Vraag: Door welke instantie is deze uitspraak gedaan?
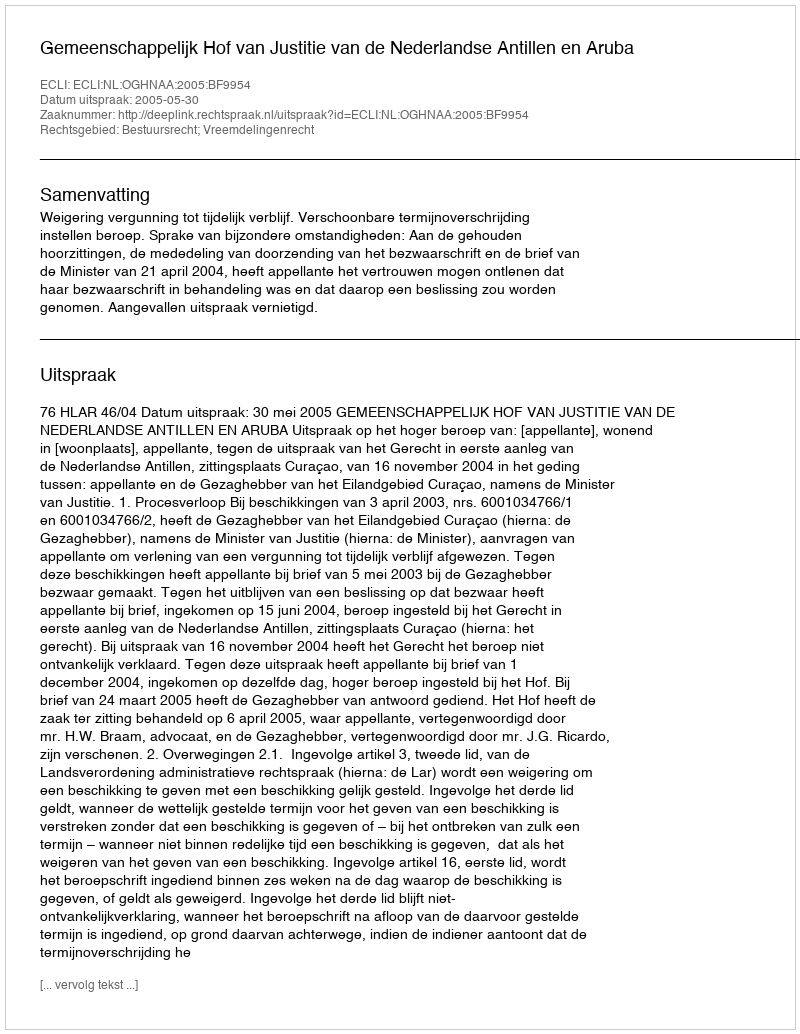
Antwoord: Gemeenschappelijk Hof van Justitie van de Nederlandse Antillen en Aruba